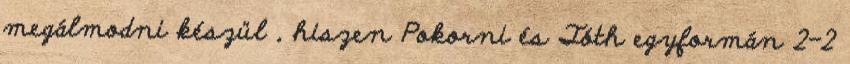
megálmodni készül , hiszen Pokorni és Tóth egyformán 2-2